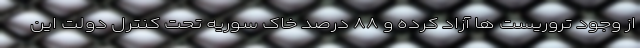
از وجود تروریست ها آزاد کرده و ۸۸ درصد خاک سوریه تحت کنترل دولت این